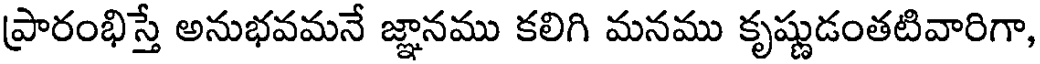
ప్రారంభిస్తే అనుభవమనే జ్ఞానము కలిగి మనము కృష్ణుడంతటివారిగా,